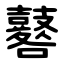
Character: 鼛